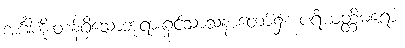
အင်္ဂါကိုးတန်ရှိသောဘုရားရှင်သာသနာတော်၌။ ပရိယတ္တိဓရော၊